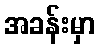
အခန်းမှာ